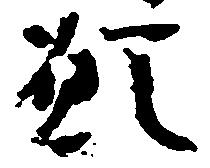
願